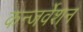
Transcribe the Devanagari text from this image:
कन्जर्वेशन